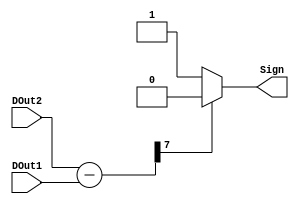

//declare the Verilog module - The inputs and output signals.
module comparator(input [7:0]DOut2,input [7:0]DOut1,output reg Sign);

   wire [7:0]diff;
   assign diff=DOut2-DOut1;
    //When the inputs and A or B are changed execute this block
    always @(DOut2 or DOut1)
     begin
        if(diff[7]==0) 
           Sign=1;
        else 
         Sign=0;
    end
endmodule